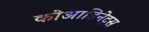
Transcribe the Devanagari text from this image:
कोआडिनेट्स